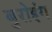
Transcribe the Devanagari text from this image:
बुरोइंग